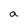
Character: a